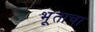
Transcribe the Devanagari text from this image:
भूताचा